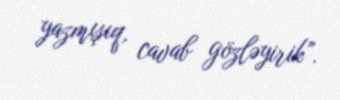
yazmışıq, cavab gözləyirik”.